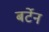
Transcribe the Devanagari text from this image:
बर्टेन